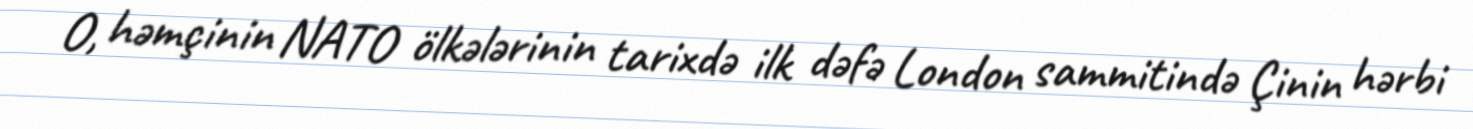
O, həmçinin NATO ölkələrinin tarixdə ilk dəfə London sammitində Çinin hərbi